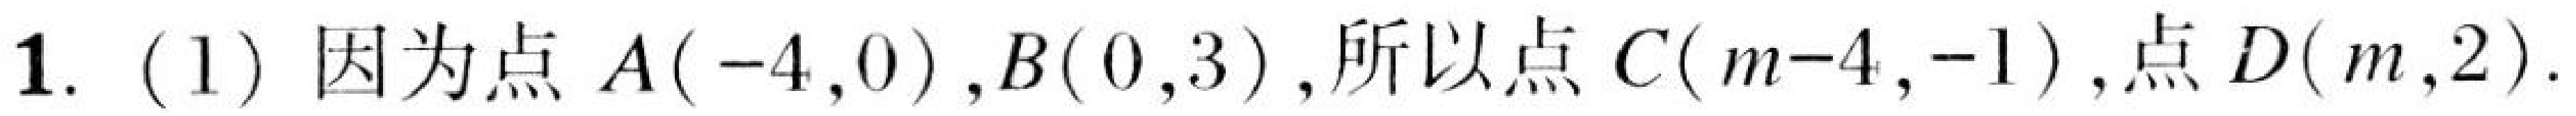
1. (1) 因为点$A(-4,0)$,$B(0,3)$,所以点$C(m - 4,-1)$,点$D(m,2)$.